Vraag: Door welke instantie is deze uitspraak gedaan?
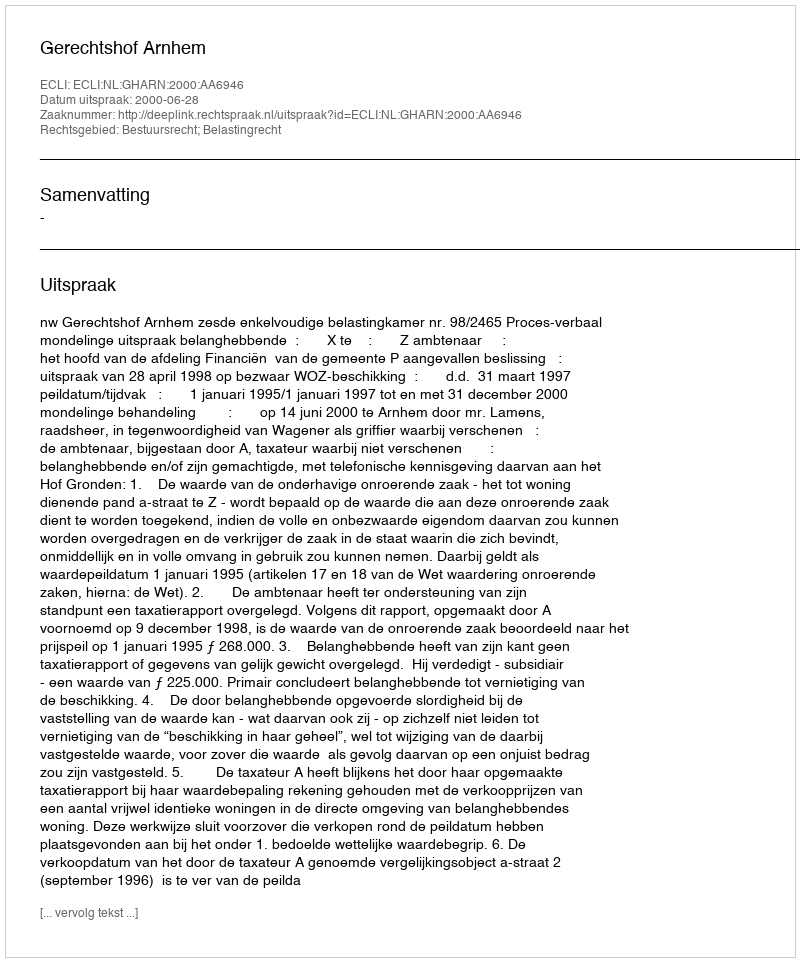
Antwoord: Gerechtshof Arnhem